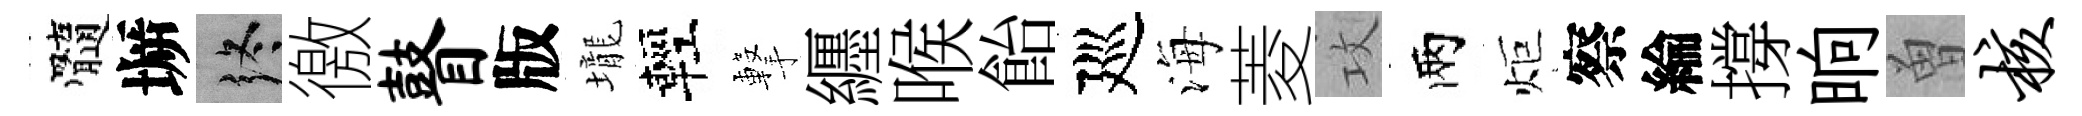
髓󶱲终徼瞽版壠輕撃纒喉飴廵海菱攻兩炬察綸撐晌曽核